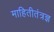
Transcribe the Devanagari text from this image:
माहितीतंत्रज्ञ